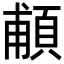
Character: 𩒺